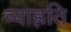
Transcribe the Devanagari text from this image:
व्याह्रति